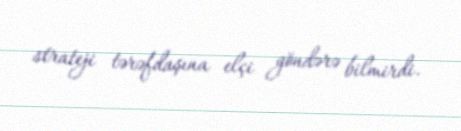
strateji tərəfdaşına elçi göndərə bilmirdi.